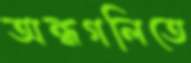
অন্ধগলিতে